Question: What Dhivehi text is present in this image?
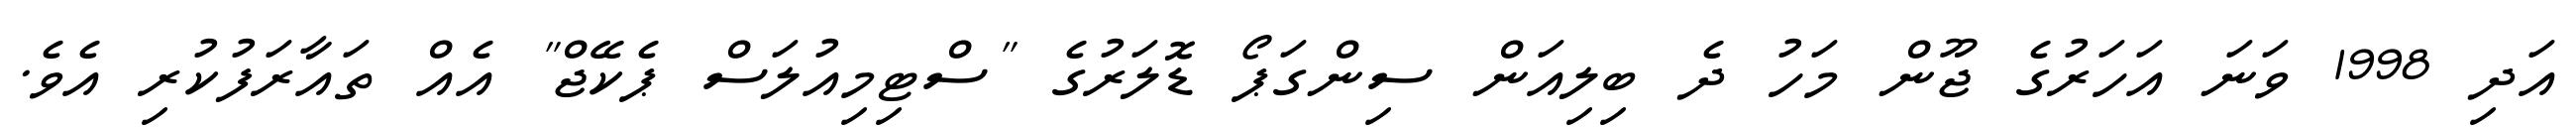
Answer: އަދި 1998 ވަނަ އަހަރުގެ ޖޫން މަހު ދެ ބިލިއަން ސިންގަޕޯ ޑޮލަރުގެ "ސްޓިމިއުލަސް ޕެކޭޖް" އެއް ތައާރަފުކުރި އެވެ.